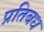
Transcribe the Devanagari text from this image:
प्रतिबध